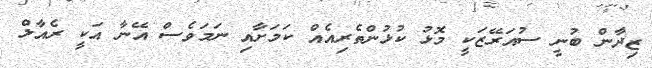
ޒިދާން ބުނީ ސުއަރޭޒަކީ މޮޅު ކުޅުންތެރިއެއް ކަމަށާއި ނަމަވެސް އޭނާ އަކީ ރެއާލް